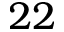
2 2